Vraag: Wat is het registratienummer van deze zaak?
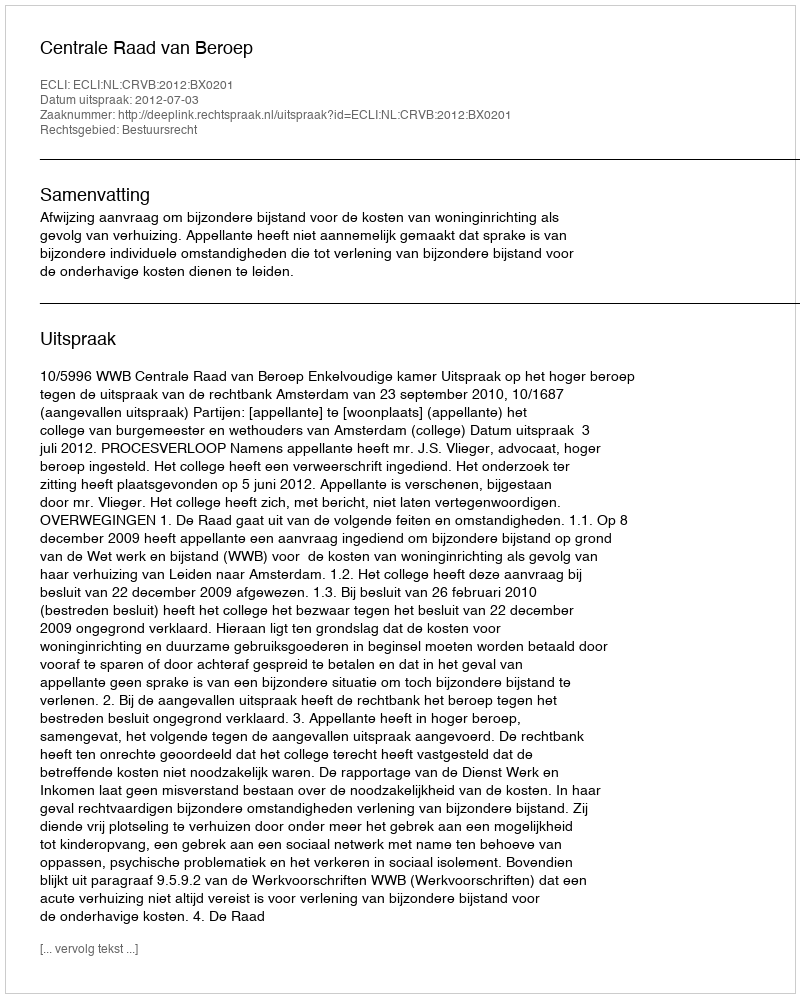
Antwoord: http://deeplink.rechtspraak.nl/uitspraak?id=ECLI:NL:CRVB:2012:BX0201